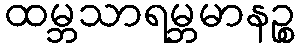
ထမ္ဘသာရမ္ဘမာနဉ္စ